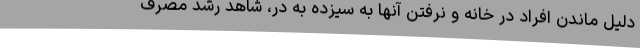
دلیل ماندن افراد در خانه و نرفتن آنها به سیزده به در، شاهد رشد مصرف